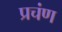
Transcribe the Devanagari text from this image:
प्रचंण